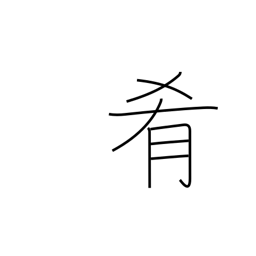
Meaning: accompaniment for drinks